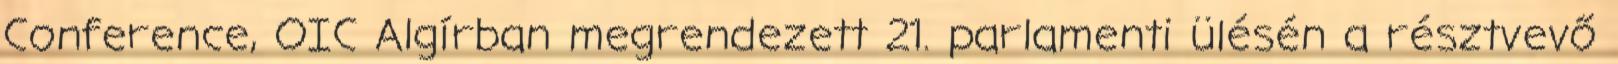
Conference, OIC Algírban megrendezett 21. parlamenti ülésén a résztvevő